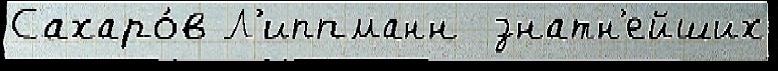
Сахаро́в Л'иппманн  знатн'ейших